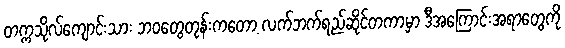
တက္ကသိုလ်ကျောင်းသား ဘဝတွေတုန်းကတော့ လက်ဘက်ရည်ဆိုင်တကာမှာ ဒီအကြောင်းအရာတွေကို